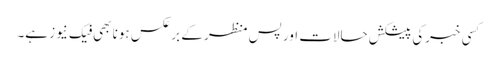
کسی خبرکی پیشکش حالات اور پس منظر کے برعکس ہونا بھی فیک نیوز ہے۔